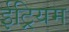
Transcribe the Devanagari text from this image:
ईट्रियम